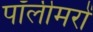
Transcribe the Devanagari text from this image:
पॉलीमरों